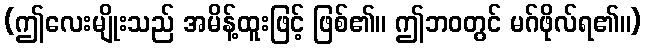
(ဤလေးမျိုးသည် အမိန့်ထူးဖြင့် ဖြစ်၏။ ဤဘဝတွင် မဂ်ဖိုလ်ရ၏။)